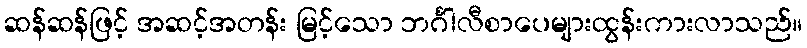
ဆန်ဆန်ဖြင့် အဆင့်အတန်း မြင့်သော ဘင်္ဂါလီစာပေများထွန်းကားလာသည်။